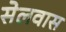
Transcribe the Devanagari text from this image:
सेलवास